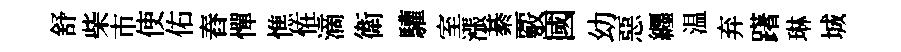
舒柴市使佑舂憚憔恠滴衛驩室漲綦覈國幼惡纒温弃躇琳城